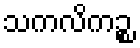
သကလိကဉ္စ